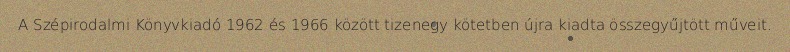
A Szépirodalmi Könyvkiadó 1962 és 1966 között tizenegy kötetben újra kiadta összegyűjtött műveit.